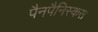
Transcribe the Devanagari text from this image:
पैनपैनिस्कस